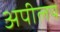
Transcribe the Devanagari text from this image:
अपीलय